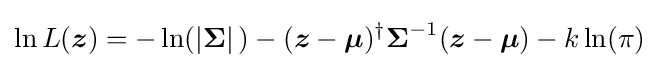
\ln L({\boldsymbol {z}})=-\ln(|{\boldsymbol {\Sigma }}|\,)-({\boldsymbol {z}}-{\boldsymbol {\mu }})^{\dagger }{\boldsymbol {\Sigma }}^{-1}({\boldsymbol {z}}-{\boldsymbol {\mu }})-k\ln(\pi )